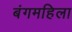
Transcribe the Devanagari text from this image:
बंगमहिला